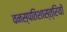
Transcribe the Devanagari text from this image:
वनस्‍पतिशास्‍त्रियों